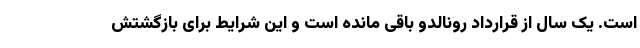
است. یک سال از قرارداد رونالدو باقی مانده است و این شرایط برای بازگشتش